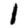
Digit: 1